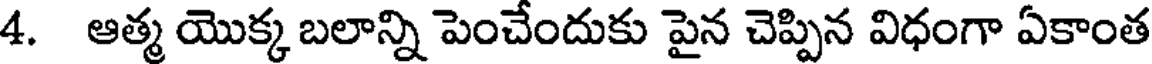
4. ఆత్మ యొక్క బలాన్ని పెంచేందుకు పైన చెప్పిన విధంగా ఏకాంత